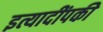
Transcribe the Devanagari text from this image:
इत्यादींपकी